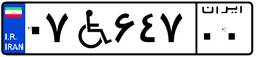
۰۷W۶۴۷۰۰